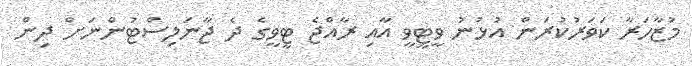
މުޒާހަރާ ކަވަރުކުރަން އުޅުނު ވީޓީވީ އާއި ރާއްޖެ ޓީވީގެ ދެ ޖާނަލިސްޓުންނަށް ދިން